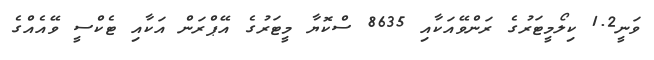
ވަނީ1.2 ކިލޯމީޓަރުގެ ރަންވޭއަކާއި 8635 ސްކޮޔާ މީޓަރުގެ އޭޕްރަން އަކާއި ޓެކްސީ ވޭއެއްގެ